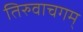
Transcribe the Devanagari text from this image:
तिरुवाचगम्‌